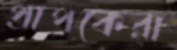
প্রাপকেরা